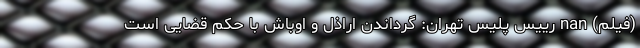
(فیلم) nan رییس پلیس تهران: گرداندن اراذل و اوباش با حکم قضایی است